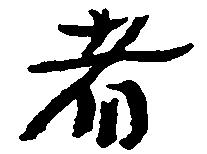
者